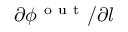
\partial \phi ^ { \mathrm { ~ o ~ u ~ t ~ } } / \partial l